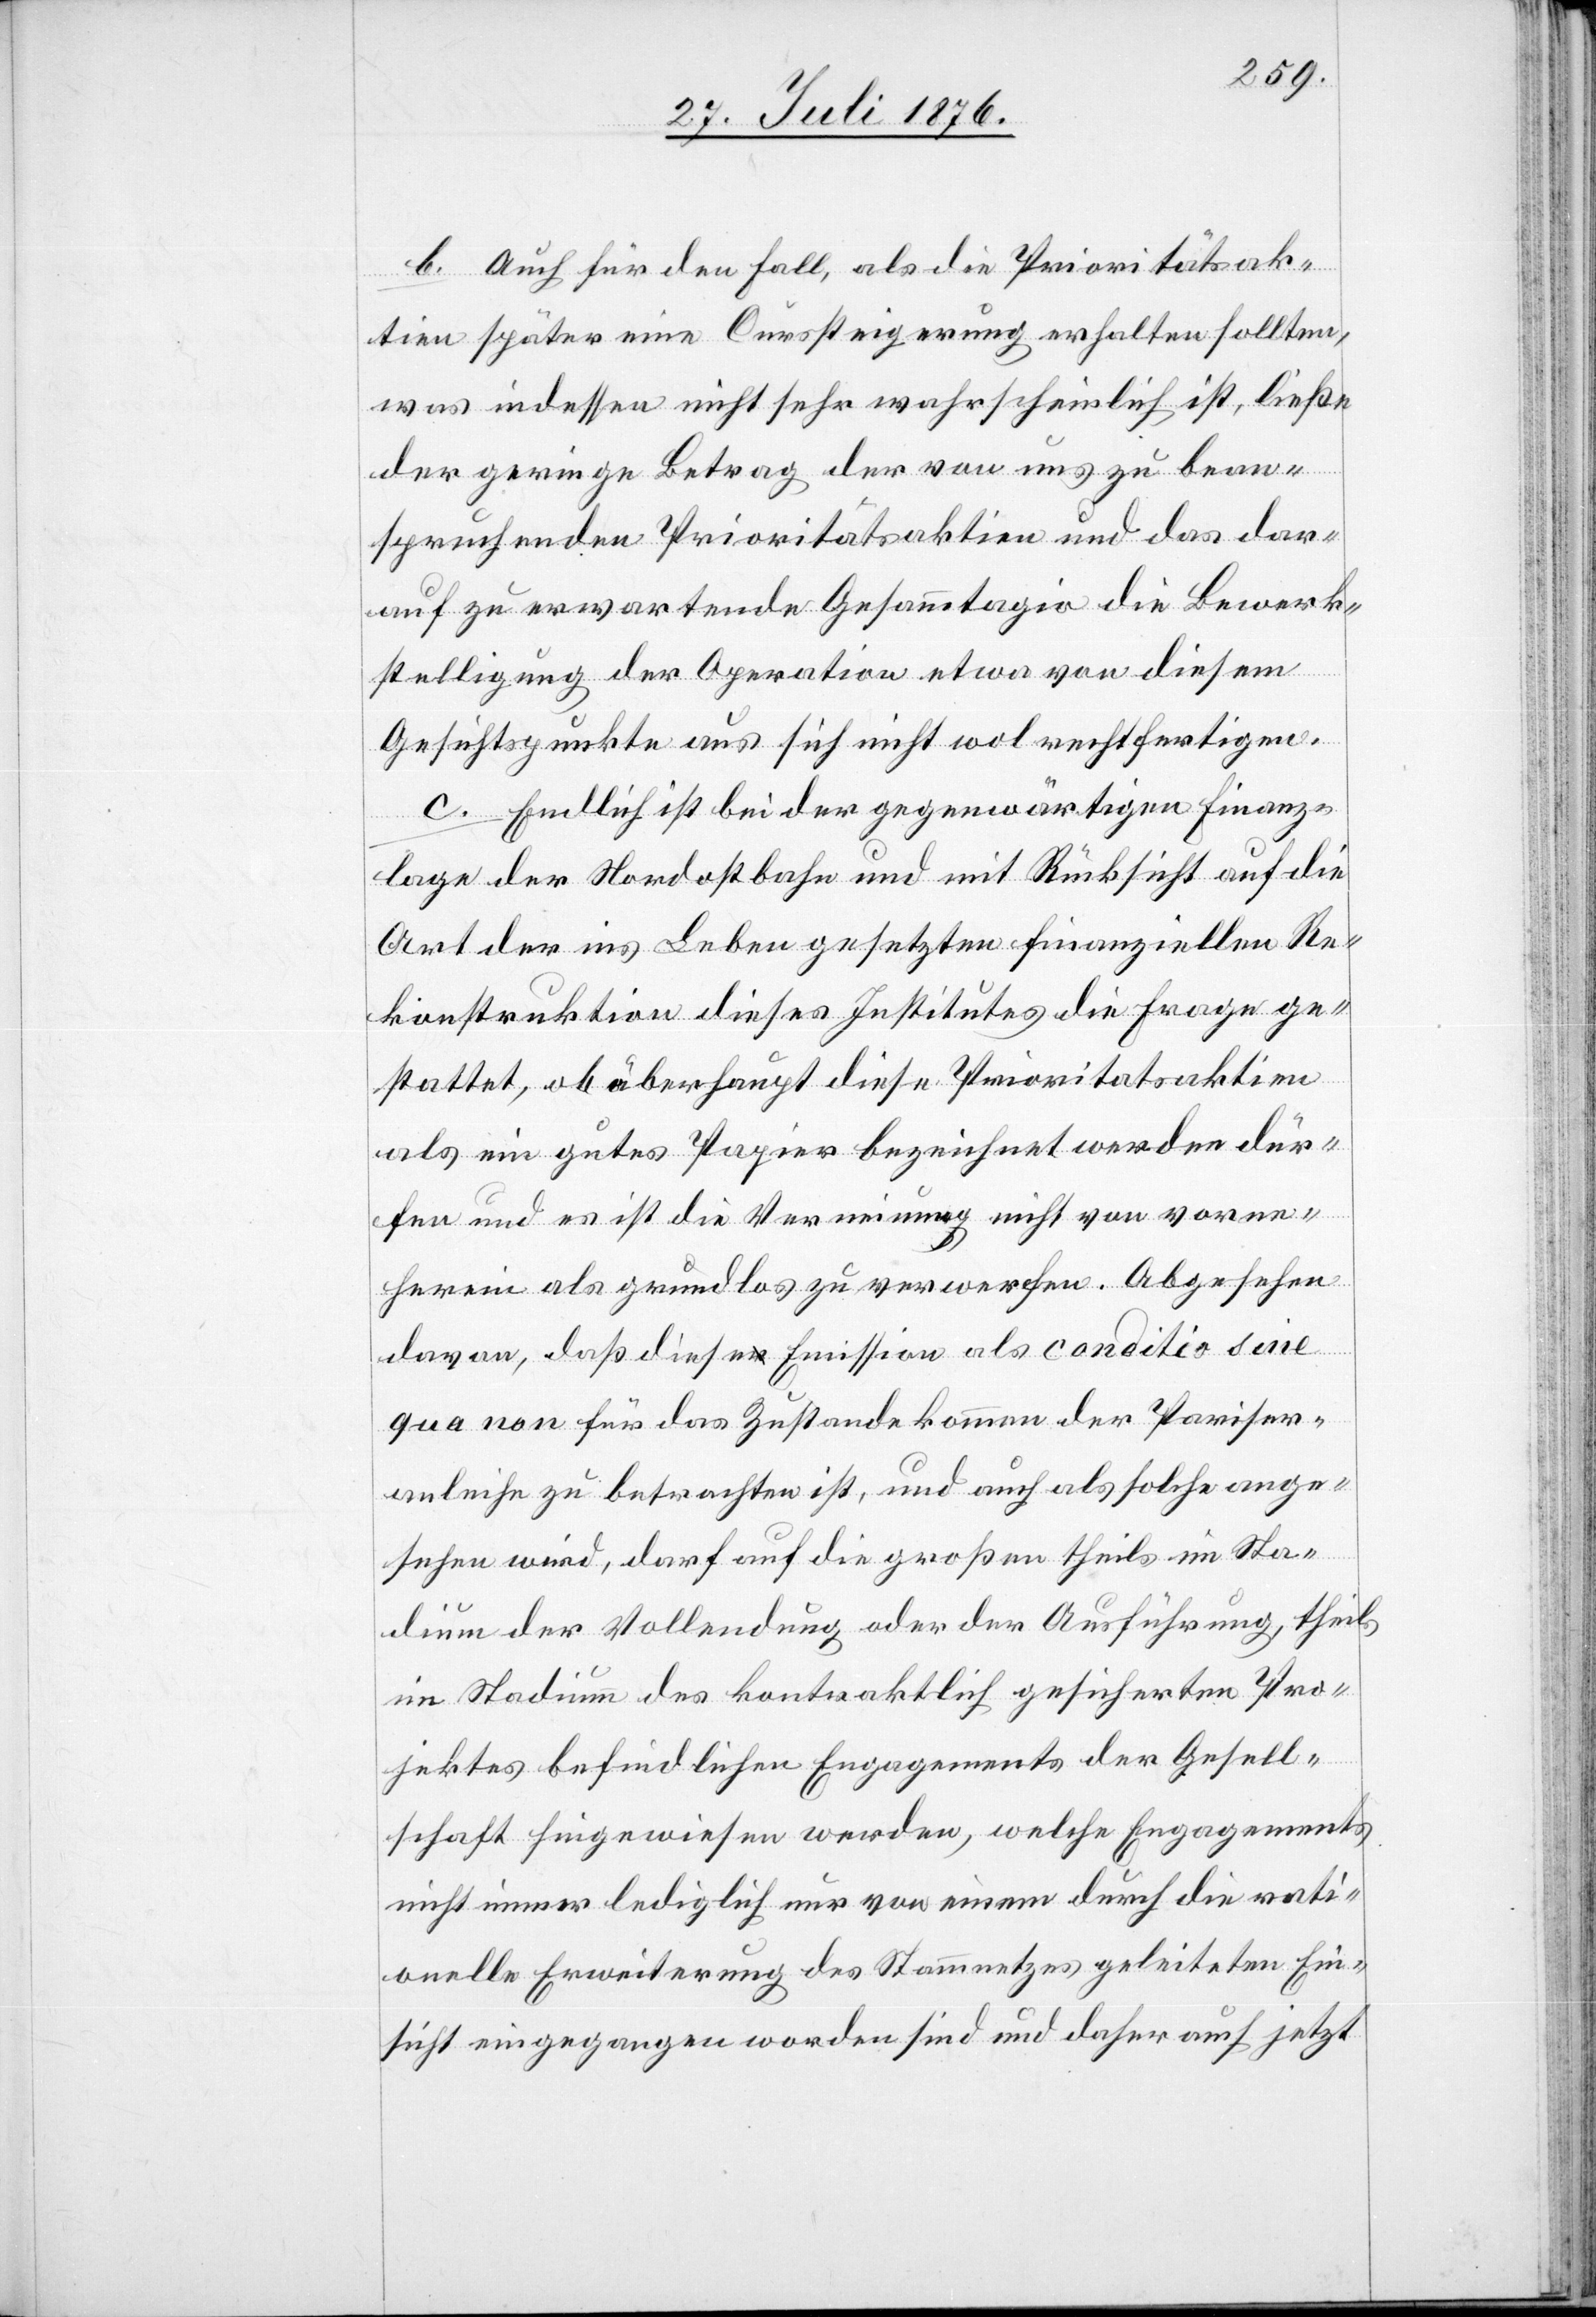
b. Auch für den Fall, als die Prioritätsak¬
tien später eine Curssteigerung erhalten sollten,
was indessen nicht sehr wahrscheinlich ist, ließe
der geringe Betrag der von uns zu bean¬
spruchenden Prioritätsaktien und das dar¬
auf zu erwartende Gesammtagio die Bewerk¬
stelligung der Operation etwa von diesem
Gesichtspunkte aus sich nicht wol rechtfertigen.
C. Endlich ist bei der gegenwärtigen Finanz¬
lage der Nordostbahn und mit Rücksicht auf die
Art der ins Leben gesetzten finanziellen Re¬
konstruktion dieses Institutes die Frage ge¬
stattet, ob überhaupt diese Prioritätsaktien
als ein gutes Papier bezeichnet werden dür¬
fen und es ist die Verneinung nicht von vorn¬
herein als grundlos zu verwerfen. Abgesehen
davon, das diese Emission als conditio sine
qua non für das Zustandekommen der Pariser¬
anleihe zu betrachten ist, und auch als solche ange¬
sehen wird, darf auf die großen theils im Sta¬
dium der Vollendung oder der Ausführung, theils
im Stadium des kontraktlich gesicherten Pro¬
jektes befindlichen Engagements der Gesell¬
schaft hingewiesen werden, welche Engagements
nicht immer lediglich nur von einem durch die rati¬
onelle Erweiterung des Stammnetzes geleiteten Ein¬
sicht eingegangen worden sind und daher auch jetzt